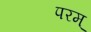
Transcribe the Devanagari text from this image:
परम्‌